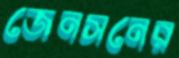
জেনসনের